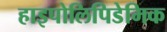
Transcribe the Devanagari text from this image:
हाइपोलिपिडेमिक